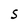
Character: S